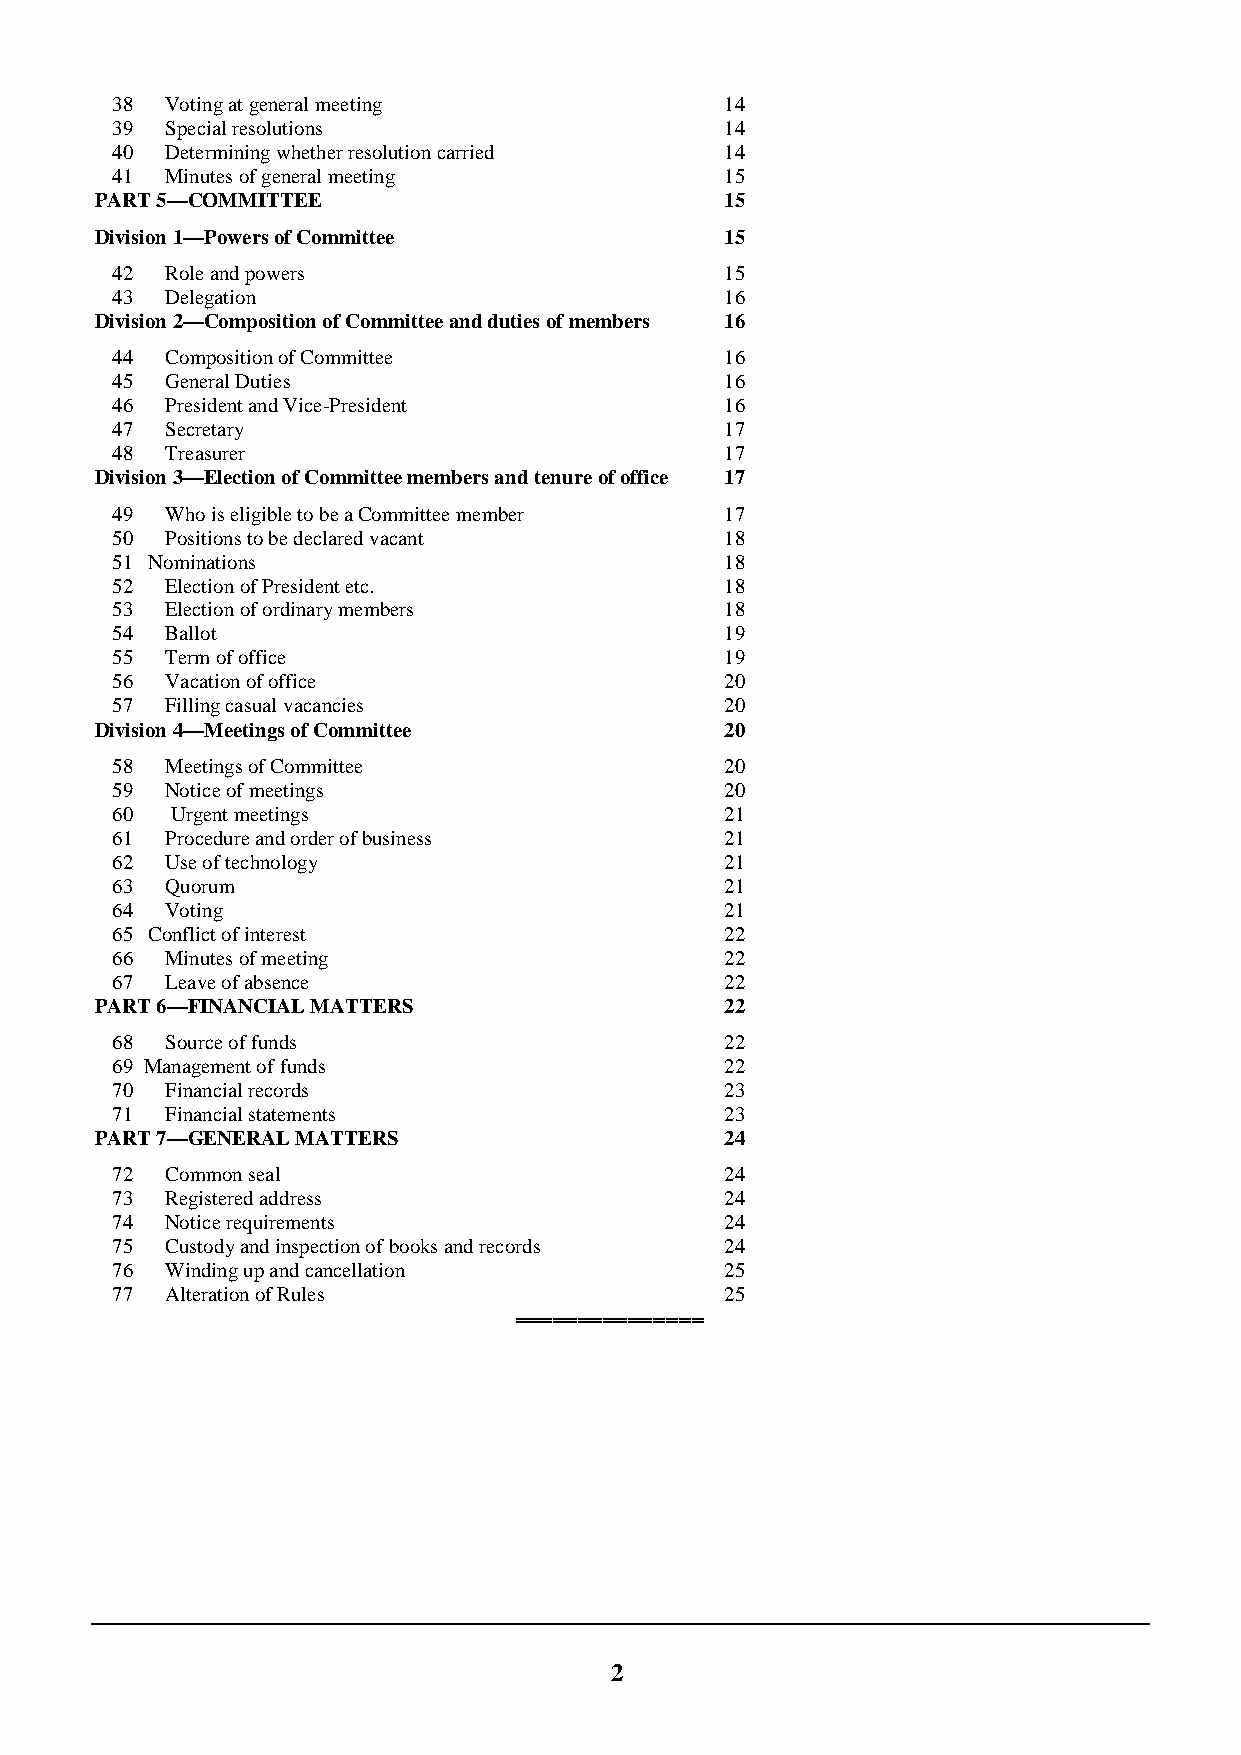
38  Voting at general meeting            14
 39  Special resolutions                  14
 40  Determining whether resolution carried 14
 41  Minutes of general meeting           15
 PART 5—COMMITTEE                          15
 Division 1—Powers of Committee            15
 42  Role and powers                      15
 43  Delegation                           16
 Division 2—Composition of Committee and duties of members 16
 44  Composition of Committee             16
 45  General Duties                       16
 46  President and Vice-President         16
 47  Secretary                            17
 48  Treasurer                            17
 Division 3—Election of Committee members and tenure of office 17
 49  Who is eligible to be a Committee member 17
 50  Positions to be declared vacant      18
 51 Nominations                           18
 52  Election of President etc.           18
 53  Election of ordinary members         18
 54  Ballot                               19
 55  Term of office                       19
 56  Vacation of office                   20
 57  Filling casual vacancies             20
 Division 4—Meetings of Committee          20
 58  Meetings of Committee                20
 59  Notice of meetings                   20
 60  Urgent meetings                      21
 61  Procedure and order of business      21
 62  Use of technology                    21
 63  Quorum                               21
 64  Voting                               21
 65 Conflict of interest                  22
 66  Minutes of meeting                   22
 67  Leave of absence                     22
 PART 6—FINANCIAL MATTERS                  22
 68  Source of funds                      22
 69 Management of funds                   22
 70  Financial records                    23
 71  Financial statements                 23
 PART 7—GENERAL MATTERS                    24
 72  Common seal                          24
 73  Registered address                   24
 74  Notice requirements                  24
 75  Custody and inspection of books and records 24
 76  Winding up and cancellation          25
 77  Alteration of Rules                  25
 ═══════════════                                                     25
 2